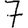
Digit: 7